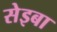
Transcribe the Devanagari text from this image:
सेइबा